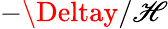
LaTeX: -\Deltay/\mathscr{H}